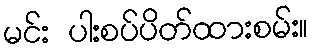
မင်း ပါးစပ်ပိတ်ထားစမ်း။